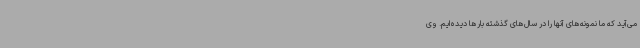
می‌آید که ما نمونه‌های آنها را در سال‌های گذشته بارها دیده‌ایم. وی